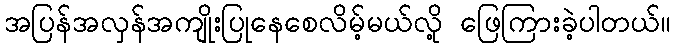
အပြန်အလှန်အကျိုးပြုနေစေလိမ့်မယ်လို့ ဖြေကြားခဲ့ပါတယ်။